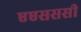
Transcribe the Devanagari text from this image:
एएसससी